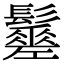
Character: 𩯸